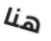
هنا